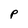
Character: P